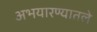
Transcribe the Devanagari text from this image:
अभयारण्यातले